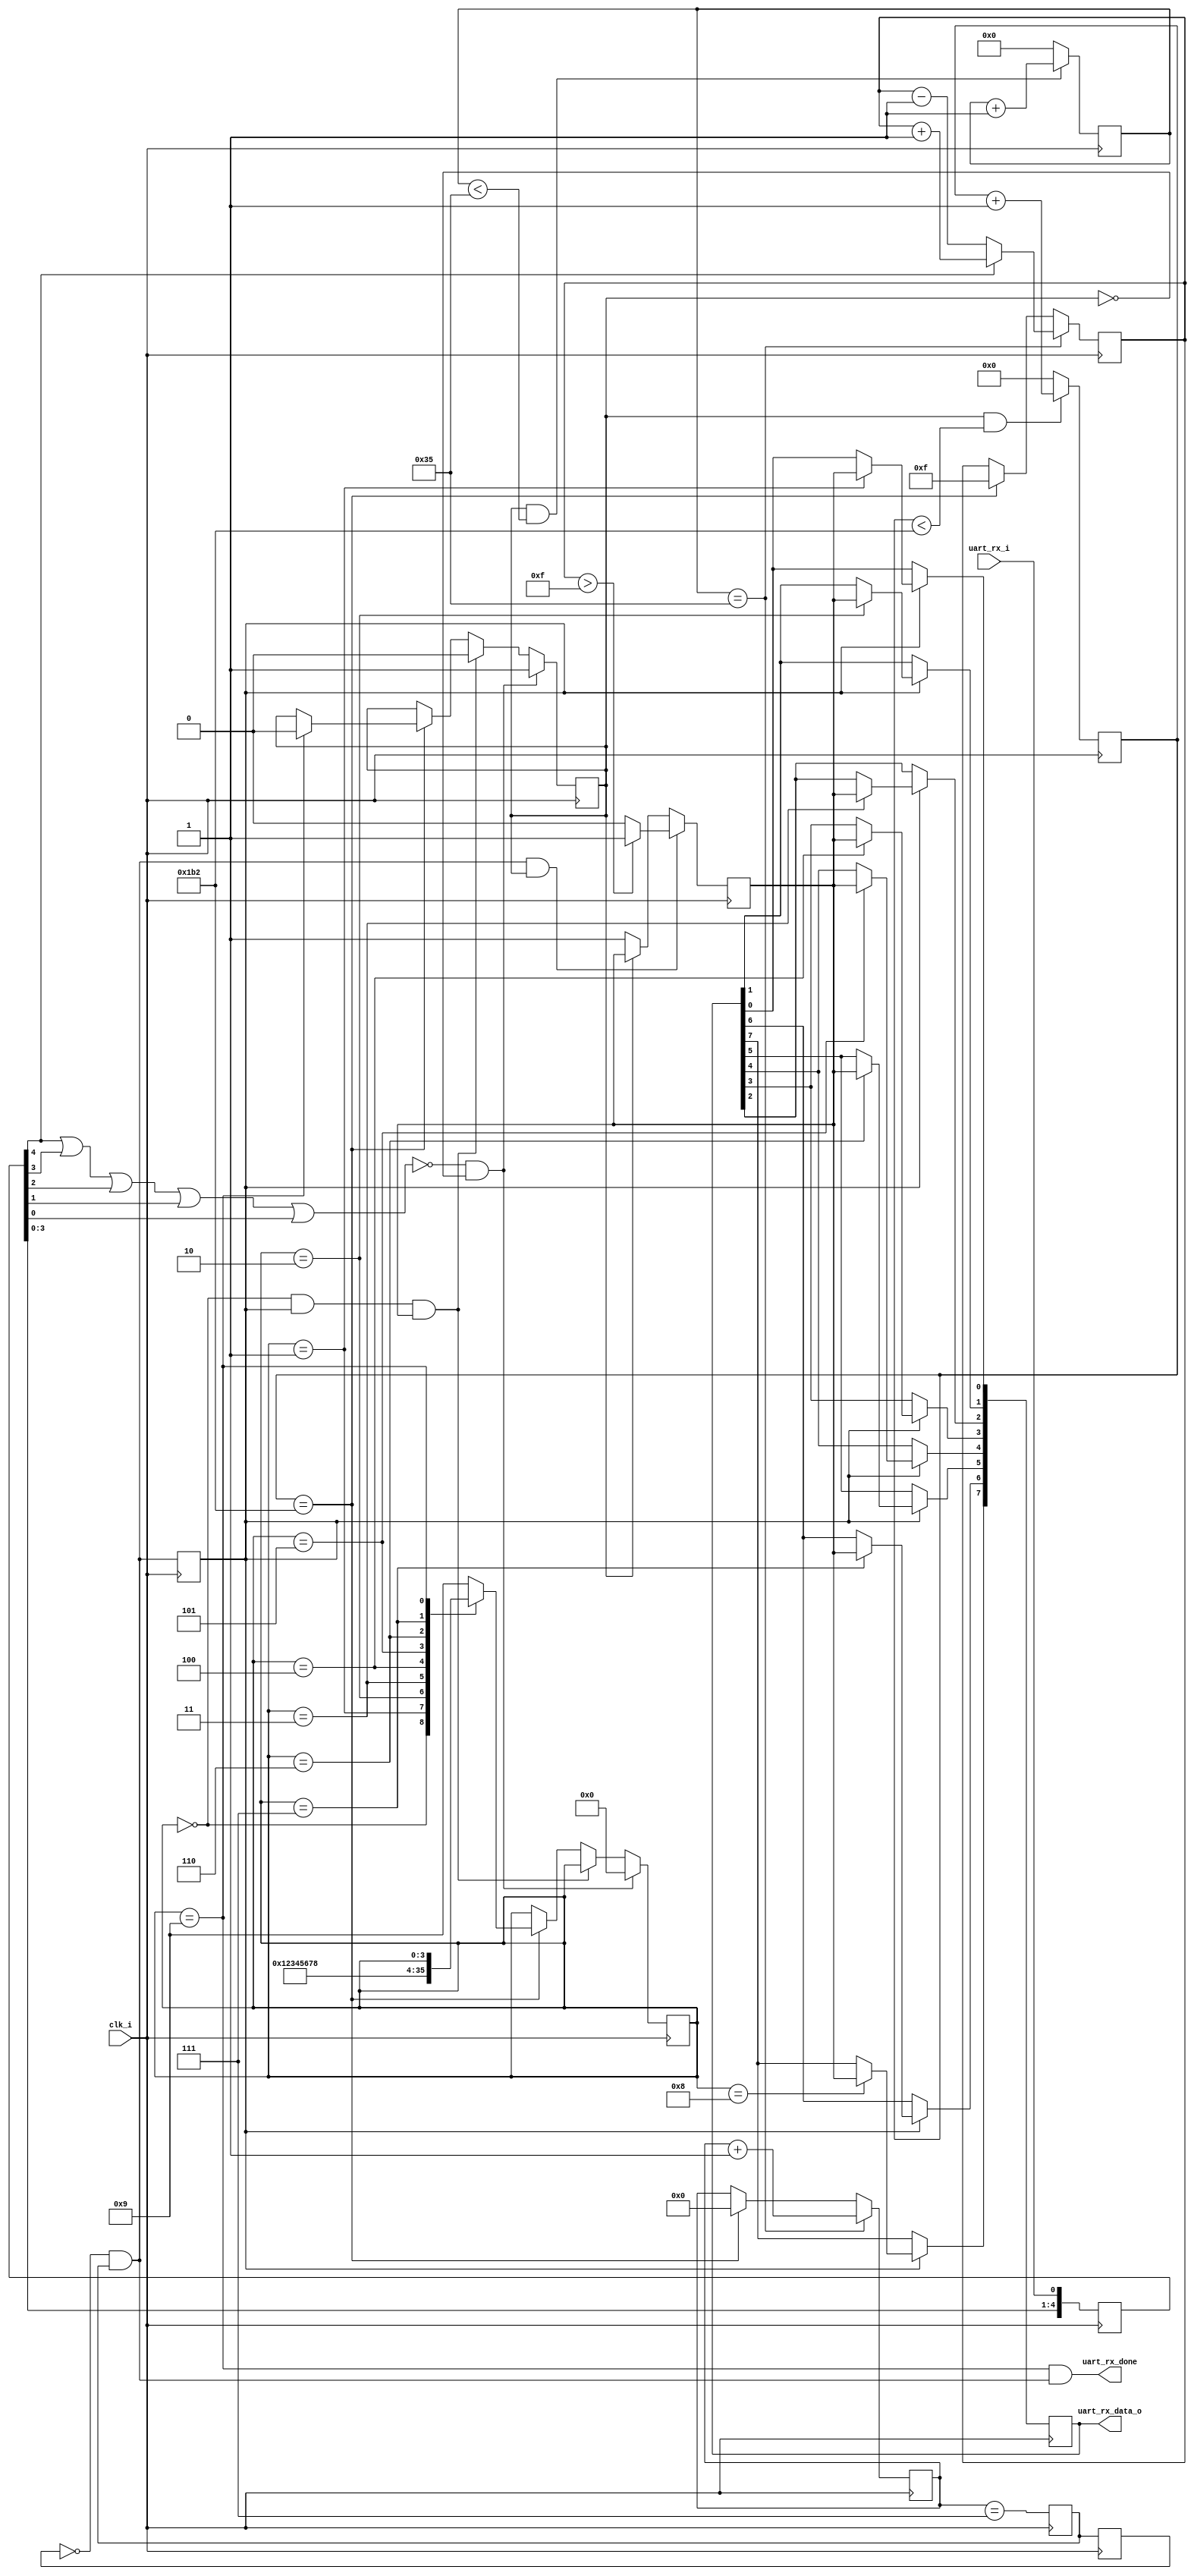
`timescale 1ns / 1ps

module uart_rx_path(
    input clk_i,
    input uart_rx_i,
    output [7:0] uart_rx_data_o,
    output uart_rx_done
 );
  
parameter [13:0] BAUD_DIV     = 14'd434;//9600bps100Mhz/9600 - 1'b1=10416
parameter [12:0] BAUD_DIV_CAP = (BAUD_DIV/8 - 1'b1);//8

reg [13:0] baud_div = 0;	//
reg bps_start_en = 0;		//

always@(posedge clk_i)begin
    if(bps_start_en && baud_div < BAUD_DIV)	
        baud_div <= baud_div + 1'b1;
    else 
        baud_div <= 14'd0;
end

reg [12:0] samp_cnt = 0;
always@(posedge clk_i)begin
    if(bps_start_en && samp_cnt < BAUD_DIV_CAP)	
        samp_cnt <= samp_cnt + 1'b1;
    else 
        samp_cnt <= 13'd0;
end

//   
reg [4:0] uart_rx_i_r=5'b11111;			
always@(posedge clk_i)
	uart_rx_i_r<={uart_rx_i_r[3:0],uart_rx_i};
//uart_rx_int=0
wire uart_rx_int=uart_rx_i_r[4] | uart_rx_i_r[3] | uart_rx_i_r[2] | uart_rx_i_r[1] | uart_rx_i_r[0];

parameter START = 4'd0;
parameter BIT0  = 4'd1;
parameter BIT1  = 4'd2;
parameter BIT2  = 4'd3;
parameter BIT3  = 4'd4;
parameter BIT4  = 4'd5;
parameter BIT5  = 4'd6;
parameter BIT6  = 4'd7;
parameter BIT7  = 4'd8;
parameter STOP  = 4'd9;

reg [3:0] RX_S = 4'd0;
wire bps_en = (baud_div == BAUD_DIV);
wire rx_start_fail;
always@(posedge clk_i)begin
    if(!uart_rx_int&&bps_start_en==1'b0) begin
        bps_start_en <= 1'b1;
        RX_S <= START;
    end
    else if(rx_start_fail)begin
        bps_start_en <= 1'b0;
    end
    else if(bps_en)begin
        case(RX_S)
            START:RX_S <= BIT0; //RX bit0
            BIT0: RX_S <= BIT1; //RX bit1
            BIT1: RX_S <= BIT2; //RX bit2
            BIT2: RX_S <= BIT3; //RX bit3
            BIT3: RX_S <= BIT4; //RX bit4
            BIT4: RX_S <= BIT5; //RX bit5
            BIT5: RX_S <= BIT6; //RX bit6
            BIT6: RX_S <= BIT7; //RX bit7
            BIT7: RX_S <= STOP; //RX STOP
            STOP: bps_start_en <= 1'b0;
            default: RX_S <= STOP;
        endcase  
    end
end    

//,samp_en8rx_tmp151
reg [4:0] rx_tmp = 5'd15;
reg [4:0] cap_cnt = 4'd0;
wire samp_en = (samp_cnt == BAUD_DIV_CAP);//

always@(posedge clk_i)begin
    if(samp_en)begin
        cap_cnt <= cap_cnt + 1'b1;
        rx_tmp <= uart_rx_i_r[4] ? rx_tmp + 1'b1 :  rx_tmp - 1'b1;
    end
    else if(bps_en) begin //rx_tmp15
        rx_tmp <= 5'd15; 
        cap_cnt <= 4'd0;
    end
end
//7,161160
reg cap_r = 1'b0;
wire cap_tmp = (cap_cnt == 3'd7); 
reg ap_tmp_r = 1'b0;
reg ap_tmp_r1 = 1'b0;
wire cap_en = (!ap_tmp_r1&&ap_tmp_r);
reg cap_en_r = 1'b0;
always@(posedge clk_i)begin
    ap_tmp_r  <= cap_tmp;
    ap_tmp_r1 <= ap_tmp_r;
    cap_en_r  <= cap_en;
end


always@(posedge clk_i)begin
    if(cap_en&&bps_start_en)begin
        cap_r <= (rx_tmp > 5'd15) ? 1 : 0;    
    end 
    else if(!bps_start_en)begin
        cap_r <= 1'b1;
    end
end

//
reg [7:0] rx = 8'd0;
reg start_bit = 1'b1;
always@(posedge clk_i)begin
    if(cap_en_r)begin
        case(RX_S)
            BIT0: rx[0] <= cap_r;
            BIT1: rx[1] <= cap_r;
            BIT2: rx[2] <= cap_r;
            BIT3: rx[3] <= cap_r;
            BIT4: rx[4] <= cap_r;
            BIT5: rx[5] <= cap_r;
            BIT6: rx[6] <= cap_r;
            BIT7: rx[7] <= cap_r;
            default: rx <= rx; 
        endcase  
    end
end   

assign rx_start_fail = (RX_S == START)&&cap_en_r&&(cap_r == 1'b1);
assign uart_rx_done = (RX_S == STOP)&& cap_en;
assign uart_rx_data_o = rx;

endmodule